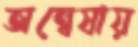
অন্বেষায়